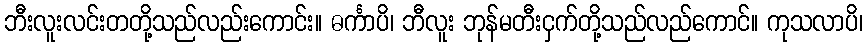
ဘီးလူးလင်းတတို့သည်လည်းကောင်း။ ဓင်္ကာပိ၊ ဘီလူး ဘုန်မတီးငှက်တို့သည်လည်ကောင်။ ကုသလာပိ၊